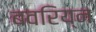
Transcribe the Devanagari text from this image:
बवरिय्न